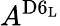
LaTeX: A^{\mathrm{D6_{L}}}